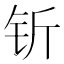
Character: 𬬱